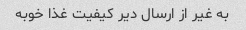
به غیر از ارسال دیر کیفیت غذا خوبه